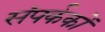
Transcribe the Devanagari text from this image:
संपर्ककों